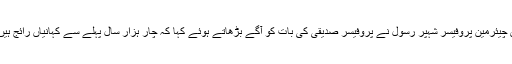
سمینار میں اردو اکیڈمی دہلی کے وائس چیئرمین پروفیسر شہپر رسول نے پروفیسر صدیقی کی بات کو آگے بڑھاتے ہوئے کہا کہ چار ہزار سال پہلے سے کہانیاں رائج ہیں ، تو ان کی اہمیت آج بھی برقرار ہے ۔